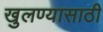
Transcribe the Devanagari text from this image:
खुलण्यासाठी